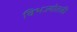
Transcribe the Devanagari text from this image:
विभज्योतकी